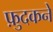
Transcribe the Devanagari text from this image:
फ़ुदकने